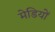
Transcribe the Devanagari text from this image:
मेडियों